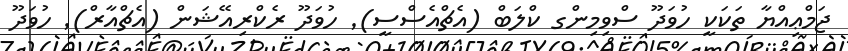
ޖަމްޢިއްޔާ ތަކަކީ ހުވަދޫ ސްވިމިންގ ކްލަބް (އެޗްއެސްސީ)